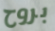
بروح